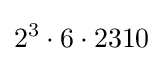
2^{3}\cdot 6\cdot 2310